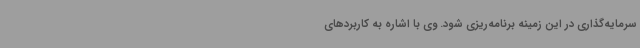
سرمایه‌گذاری در این زمینه برنامه‌ریزی شود. وی با اشاره به کاربردهای